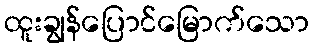
ထူးချွန်ပြောင်မြောက်သော